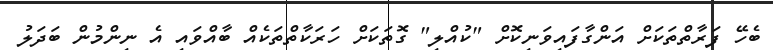
ބެހޭ ފަރާތްތަކަށް އަންގާފައިވަނިކޮށް "ކުއްލި" ގޮތަކަށް ހަރަކާތްތަކެއް ބާއްވައި އެ ނިންމުން ބަދަލު